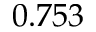
0 . 7 5 3